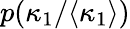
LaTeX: p(\kappa_{1}/\langle\kappa_{1}\rangle)